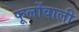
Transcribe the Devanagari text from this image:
फूलोंवाली